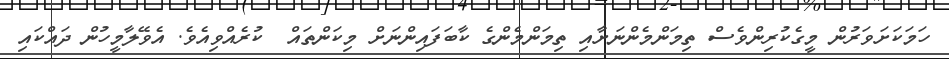
ހަމަކަށަވަރުން މީގެކުރިންވެސް ތިމަންމެންނަށާއި ތިމަންމެންގެ ކާބަފައިންނަށް މިކަންތައް  ކުރެއްވިއެވެ. އެވޭލާމީހުން ދައްކައި